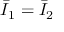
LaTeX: { \bar { I } } _ { 1 } = { \bar { I } } _ { 2 }